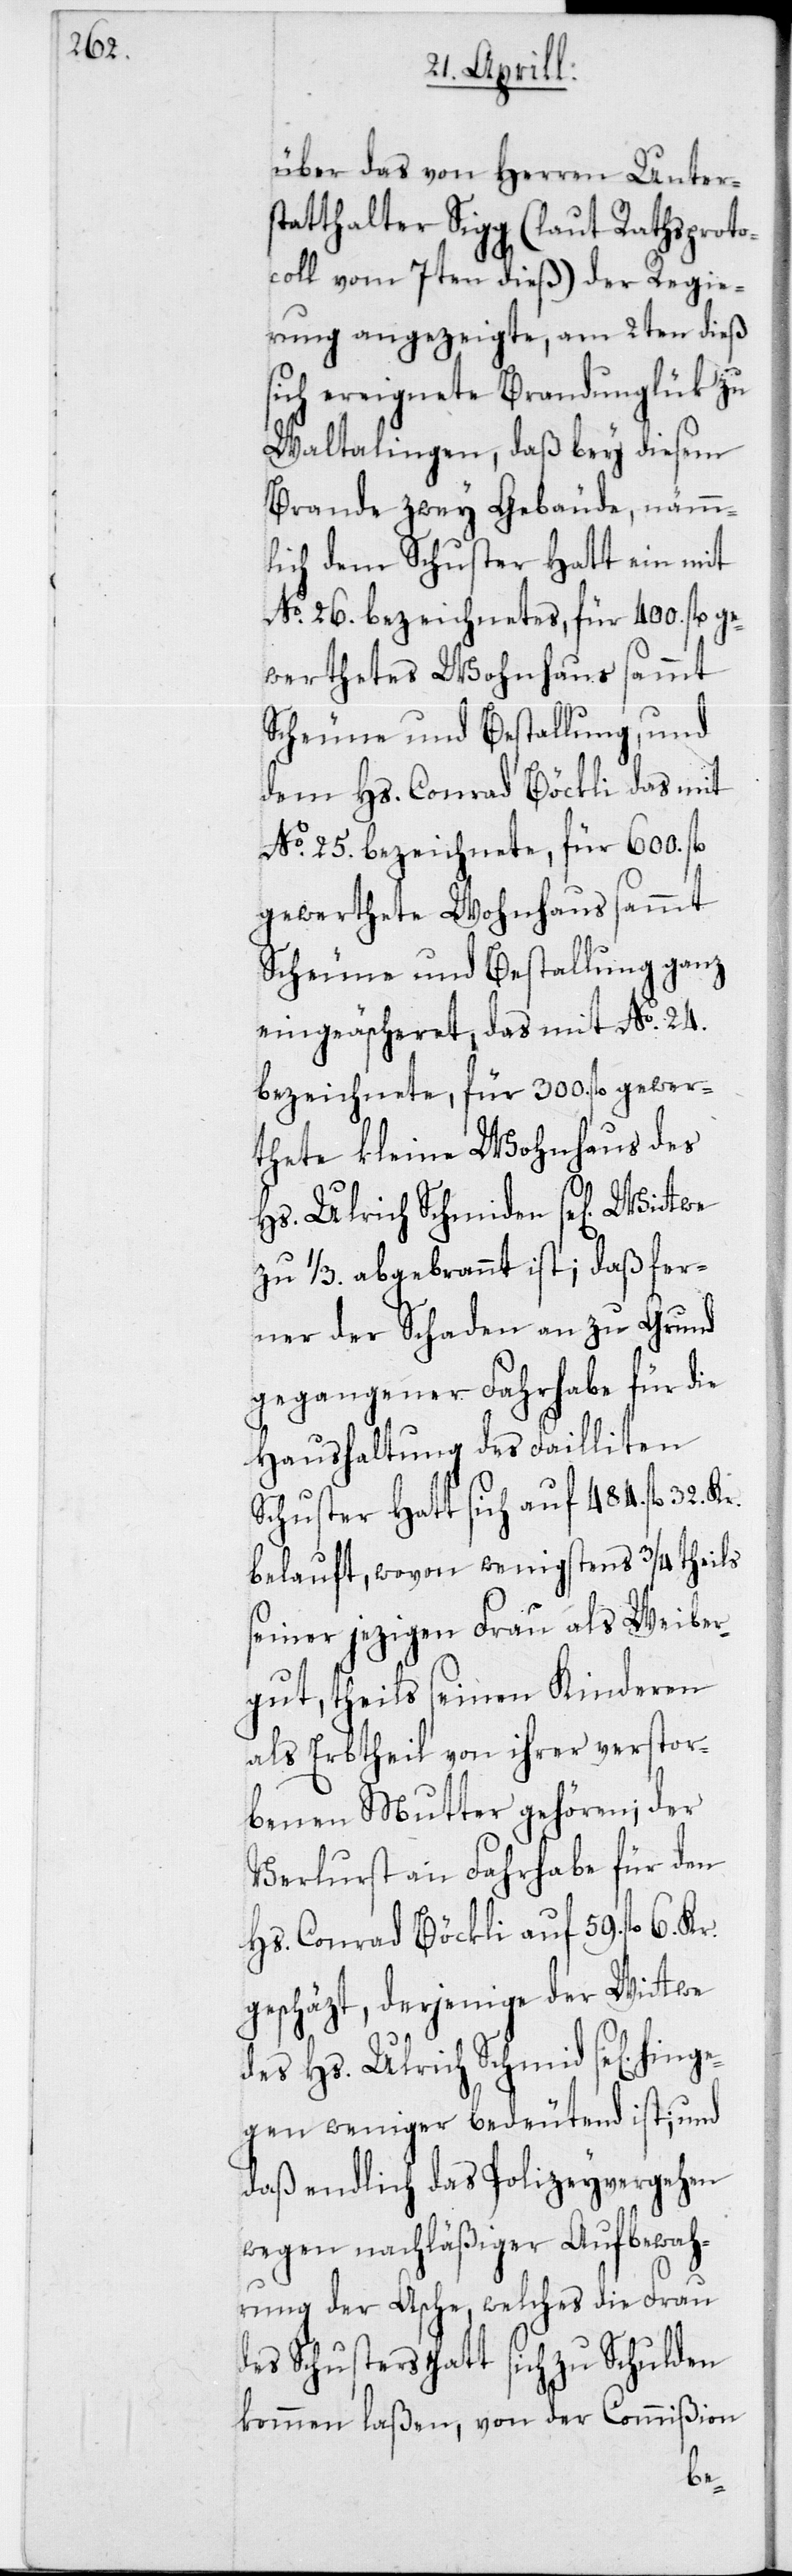
über das von Herren Unter¬
statthalter Sigg (laut Rathsproto¬
coll vom 7ten dieß) der Regie¬
rung angezeigte, am 2ten dieß
sich ereignete Brandunglük zu
Waltalingen, daß bey diesem
Brande zwey Gebäude, nämm¬
lich dem Schuster Hatt ein mit
No 26. bezeichnetes, für 400. fl. ge¬
werthetes Wohnhaus sammt
Scheune und Bestallung, und
dem Hs. Conrad Böckli das mit
No 25. bezeichnete, für 600. fl.
gewerthete Wohnhaus sammt
Scheune und Bestallung ganz
eingeäscheret, das mit No 24.
bezeichnete, für 300. fl. gewer¬
thete kleine Wohnhaus des
Hs. Ulrich Schmiden se[lig] Wittwe
zu ¹/3. abgebrannt ist; daß fer¬
ner der Schaden an zu Grund
gegangener Fahrhabe für die
Haushaltung des Failliten
Schuster Hatt sich auf 484. fl. 32. Kr.
belauft, wovon wenigstens ¾ theils
seiner jezigen Frau als Weiber¬
gut, theils seinen Kinderen
als Erbtheil von ihrer verstor¬
benen Mutter gehören; der
Verlurst an Fahrhabe für den
Hs. Conrad Böckli auf 59. fl. 6. Kr.
geschäzt, derjenige der Wittwe
des Hs. Ulrich Schmid se[lig]
ngegen weniger bedeutend ist; und
daß endlich das Polizeyvergehen
wegen nachläßiger Aufbewah¬
rung der Asche, welches die Frau
des Schusters Hatt sich zu Schulden
kommen laßen, von der Commißion
hi¬